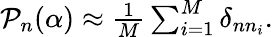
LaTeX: \begin{array}{r}{\mathcal{P}_{n}(\alpha)\approx\frac{1}{M}\sum_{i=1}^{M}\delta_{nn_{i}}.}\end{array}